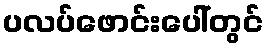
ပလပ်ဖောင်းပေါ်တွင်